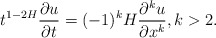
\begin{align*}t^{1-2H}\frac{\partial u}{\partial t}= (-1)^k H \frac{\partial^k u}{\partial x^k}, k>2.\end{align*}